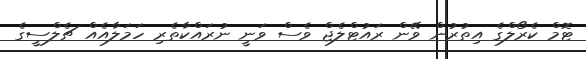
ޓޮމް ކެރޯލްގެ އިތުރުން ވޭން ރައުޓްލެޖް ވެސް ވަނީ ނުރައްކާތެރި ހަމަލާއެއް ޗެލްސީގެ